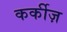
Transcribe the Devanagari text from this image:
कर्कीज़